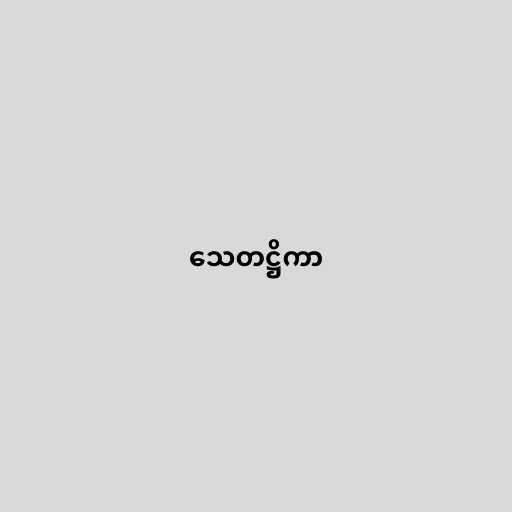
သေတဋ္ဌိကာ